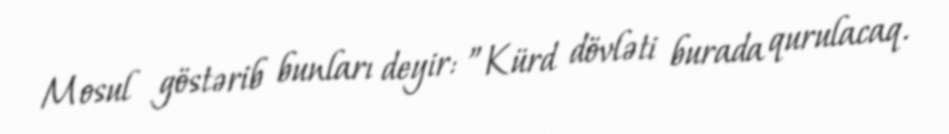
Mosul göstərib bunları deyir: ”Kürd dövləti burada qurulacaq.